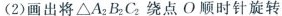
(2)画出将△A_{2}B_{2}C_{2}绕点O顺时针旋转